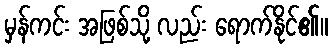
မှန်ကင်း အဖြစ်သို့ လည်း ရောက်နိုင်၏။